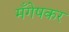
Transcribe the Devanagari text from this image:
मँगेषकर